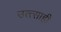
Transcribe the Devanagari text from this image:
उत्त्साही